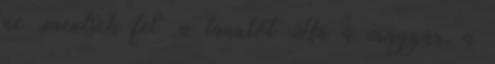
ne „mentsük fel” a tanulót Ha a magyar, a